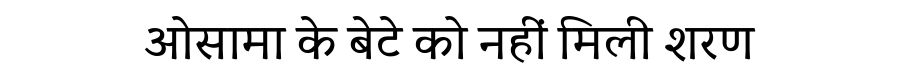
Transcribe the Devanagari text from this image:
ओसामा के बेटे को नहीं मिली शरण